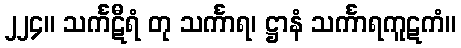
၂၂၄။ သင်္ကဋီရံ တု သင်္ကာရ၊ ဋ္ဌာနံ သင်္ကာရကူဋကံ။